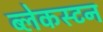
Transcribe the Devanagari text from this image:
ब्लेकस्टन